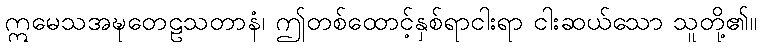
ဣမေသအဍ္ဎတေဠသတာနံ၊ ဤတစ်ထောင့်နှစ်ရာငါးရာ ငါးဆယ်သော သူတို့၏။